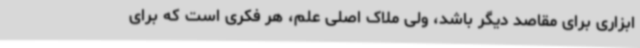
ابزاری برای مقاصد دیگر باشد، ولی ملاک اصلی علم، هر فکری است که برای